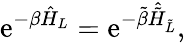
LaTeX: \mathrm{e}^{-\beta\hat{H}_{L}}=\mathrm{e}^{-\tilde{\beta}\hat{\tilde{H}}_{\tilde{L}}},